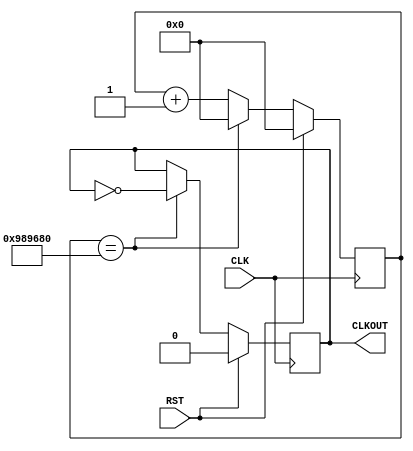
`timescale 1ns / 1ps
//////////////////////////////////////////////////////////////////////////////////
// Company: 
// Engineer: 
// 
// Design Name: 
// Module Name: clk5Hz
// Project Name: 
// Target Devices: 
// Tool Versions: 
// Description: 
// 
// Dependencies: 
// 
// Revision:
// Revision 0.01 - File Created
// Additional Comments:
// 
//////////////////////////////////////////////////////////////////////////////////


module clk5Hz(
    CLK,											// 100MHz onbaord clock
    RST,											// Reset
    CLKOUT										// New clock output
    );

// ===========================================================================
// 										Port Declarations
// ===========================================================================
	input CLK;
	input RST;
	output CLKOUT;

// ===========================================================================
// 							  Parameters, Regsiters, and Wires
// ===========================================================================
	
	// Output register
	reg CLKOUT;
	
	// Value to toggle output clock at
	parameter cntEndVal = 24'h989680;
	// Current count
	reg [23:0] clkCount = 24'h000000;
	

// ===========================================================================
// 										Implementation
// ===========================================================================

	//-------------------------------------------------
	//	5Hz Clock Divider Generates Send/Receive signal
	//-------------------------------------------------
	always @(posedge CLK) begin

			// Reset clock
			if(RST == 1'b1) begin
					CLKOUT <= 1'b0;
					clkCount <= 24'h000000;
			end
			else begin

					if(clkCount == cntEndVal) begin
							CLKOUT <= ~CLKOUT;
							clkCount <= 24'h000000;
					end
					else begin
							clkCount <= clkCount + 1'b1;
					end

			end

	end

endmodule